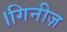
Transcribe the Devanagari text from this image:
।गिनीज़